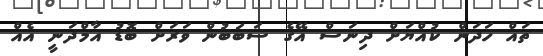
ތައް ހަދަން ކުއްޔަށް ދިނަސް އޭގެ ސަބަބުން ވަރަށް ބޮޑު އާމްދަނީ އެއް